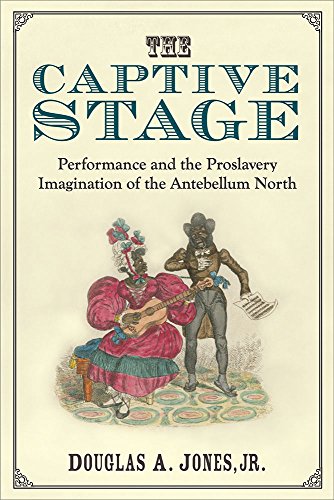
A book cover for The Captive Stage: Performance and the Proslavery Imagination of the Antebellum North (Theater: Theory/Text/Performance); Douglas A. Jones Jr.; Literature & Fiction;